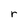
Character: r